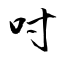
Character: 吋